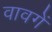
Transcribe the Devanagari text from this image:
वावगें